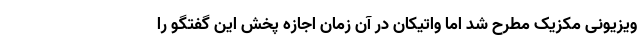
ویزیونی مکزیک مطرح شد اما واتیکان در آن زمان اجازه پخش این گفتگو را